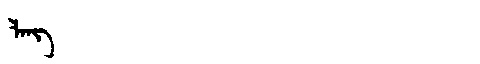
Manchu: ᠯᠠᠩ
Romanization: LANG